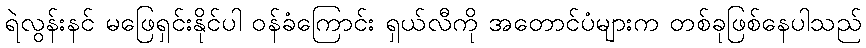
ရဲလွန်းနင် မဖြေရှင်းနိုင်ပါ ဝန်ခံကြောင်း ရှယ်လီကို အတောင်ပံများက တစ်ခုဖြစ်နေပါသည်